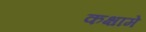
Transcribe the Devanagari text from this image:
कक्षामे